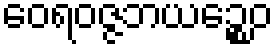
ဝေရဝဇ္ဇဘယဉ္စေဝ